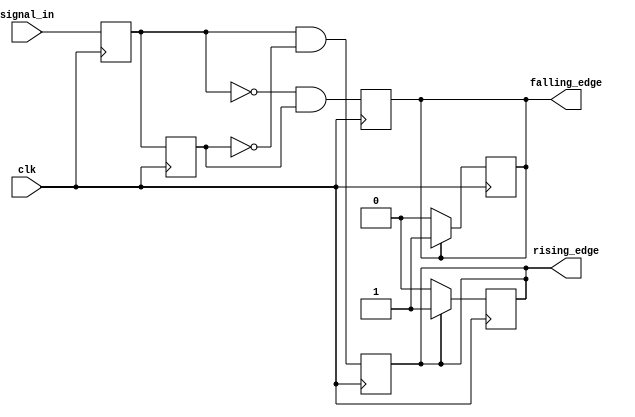
module DualEdgeDetector (
    input wire clk,               // Clock signal
    input wire signal_in,         // Input signal to detect edges
    output reg rising_edge,       // Rising edge output
    output reg falling_edge       // Falling edge output
);

    // Memory elements to store the current and previous states
    reg curr_state;               // Current state of signal_in
    reg prev_state;               // Previous state of signal_in

    // Always block triggered on the rising edge of the clock
    always @(posedge clk) begin
        // Update the previous state to the current state
        prev_state <= curr_state;
        // Capture the current state of the input signal
        curr_state <= signal_in;
        
        // Edge detection logic
        rising_edge <= (curr_state && ~prev_state);    // Rising edge detected
        falling_edge <= (~curr_state && prev_state);   // Falling edge detected
    end
    
    // Reset the edge flags in the next clock cycle
    always @(posedge clk) begin
        // Reset outputs to low unless a new edge is detected
        if (rising_edge) begin
            rising_edge <= 1'b1; // Keep high for one cycle
        end else begin
            rising_edge <= 1'b0; // Reset to low
        end
        
        if (falling_edge) begin
            falling_edge <= 1'b1; // Keep high for one cycle
        end else begin
            falling_edge <= 1'b0; // Reset to low
        end
    end
    
endmodule